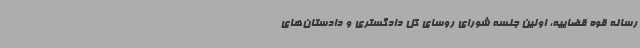
رسانه قوه قضاییه، اولین جلسه شورای روسای کل دادگستری و دادستان‌های